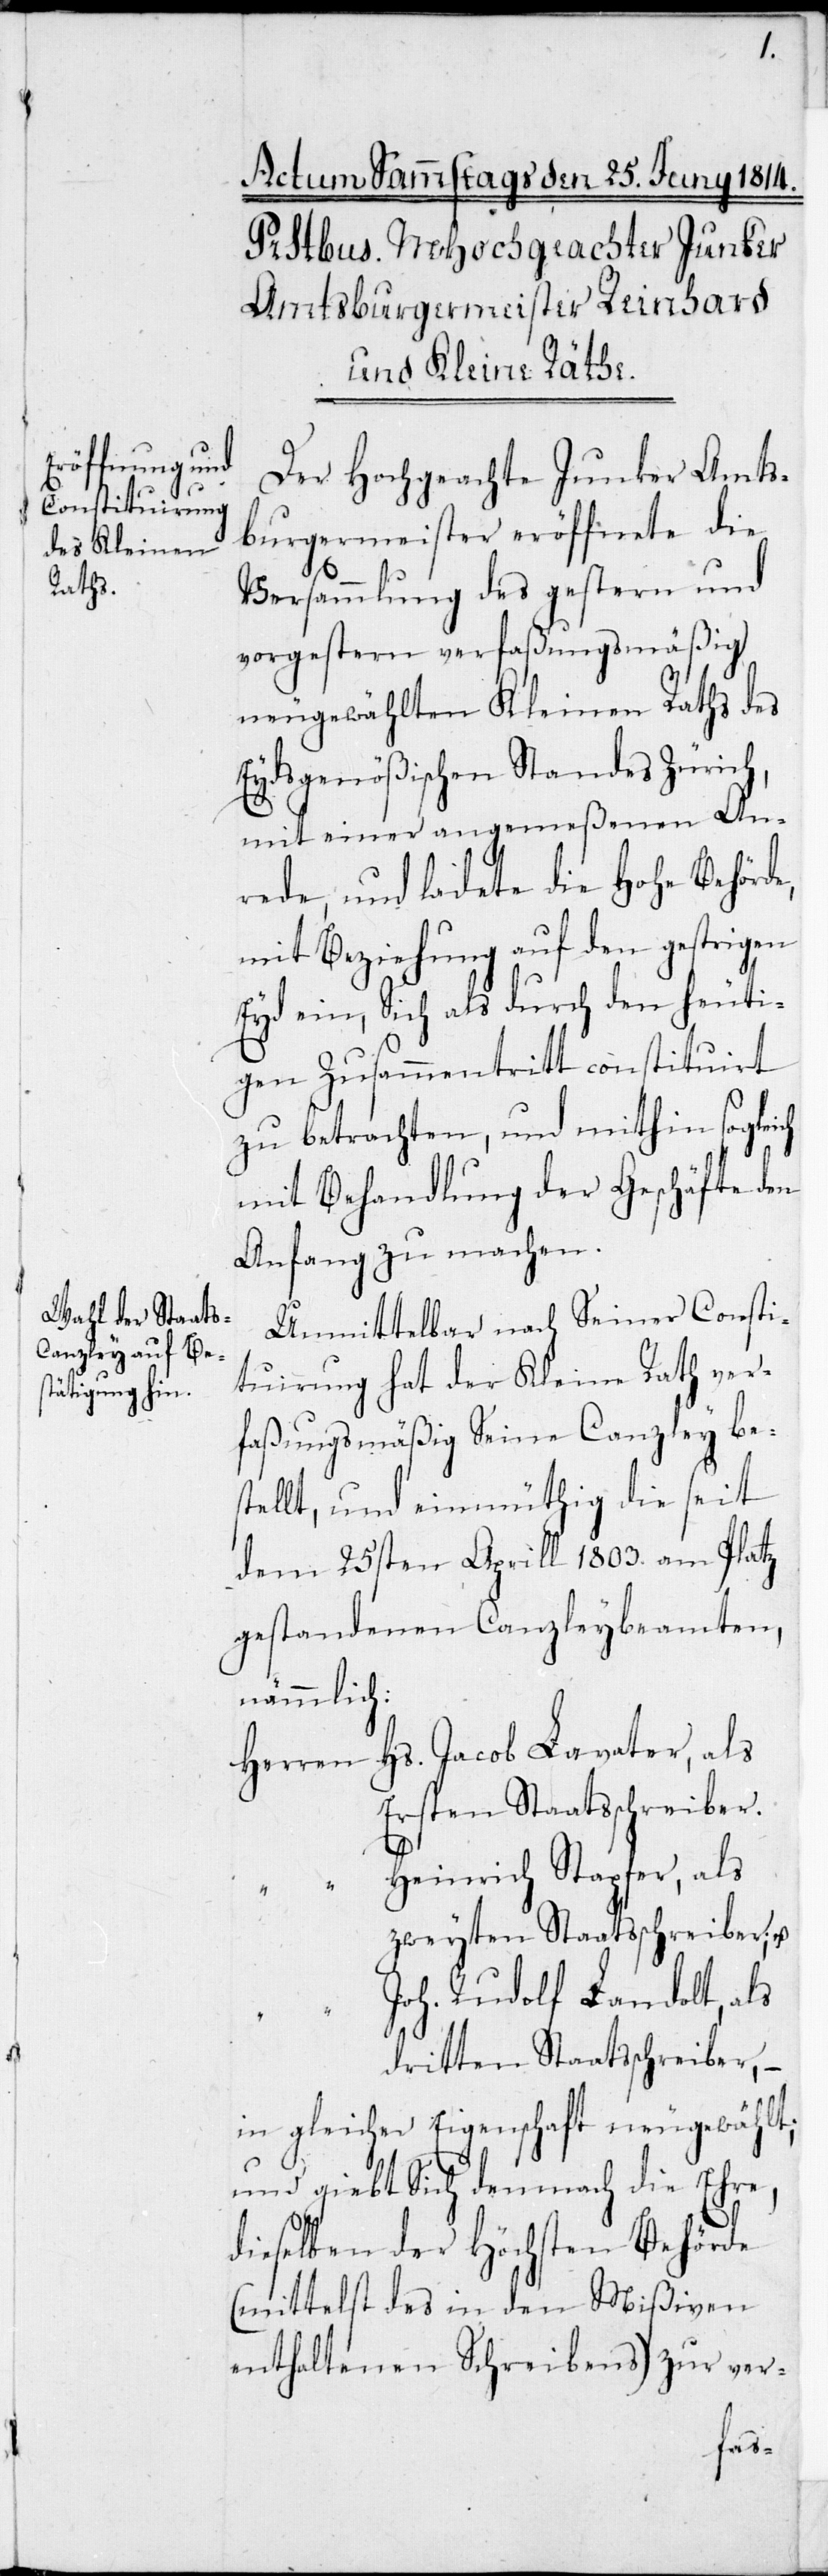
Der Hochgeachte Junker Amts¬
burgermeister eröffnete die
Versammlung des gestern und
vorgestern verfaßungsmäßig
neugewählten Kleinen Raths des
Eydsgenößischen Standes Zürich,
mit einer angemeßenen An¬
rede, und leitete die Hohe Behörde
mit Beziehung auf den gestrigen
Eyd ein, Sich als durch den heuti¬
gen Zusammentritt constituirt
zu betrachten, und mithin sogleich
mit Behandlung der Geschäfte den
Anfang zu machen.
Unmittelbar nach Seiner Consti¬
tuirung hat der Kleine Rath ver¬
faßungsmäßig seine Canzley bes¬
tellt, und einmüthig die seit
dem 25sten Aprill 1803. am Platz
gestandenen Canzleybeamten,
nämmlich:
Herren Hs. Jakob Lavater, als
ersten Staatsschreiber;
Heinrich Stapfer, als
zweyten Staatsschreiber; J¬
ohann Rudolf Landolt, als
dritten Staatsschreiber, –
in gleicher Eigenschaft neugewählt;
und giebt sich demnach die Ehre,
dieselben der Höchsten Behörde
(mittelst des in den Mißiven
enthaltenen Schreibens) zur ver-